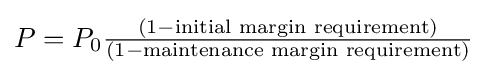
\textstyle P=P_{0}{\frac {(1-{\text{initial margin requirement}})}{(1-{\text{maintenance margin requirement}})}}